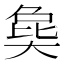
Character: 㚟